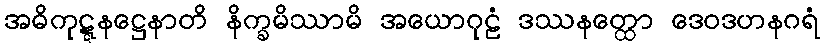
အဓိကုဋ္ဋနဋ္ဌေနာတိ နိက္ခမိဿာမိ အယောဂုဠံ ဒဿနတ္ထော ဒေဝဒဟနဂရံ